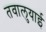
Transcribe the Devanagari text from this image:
तवालुयाई